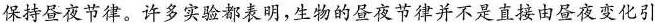
保持昼夜节律。许多实验都表明，生物的昼夜节律并不是直接由昼夜变化引